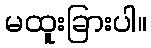
မထူးခြားပါ။